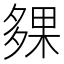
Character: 㚌